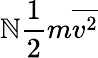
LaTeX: \mathbb{N}{\frac{{1}}{{2}}}m{\overline{{{v^{2}}}}}